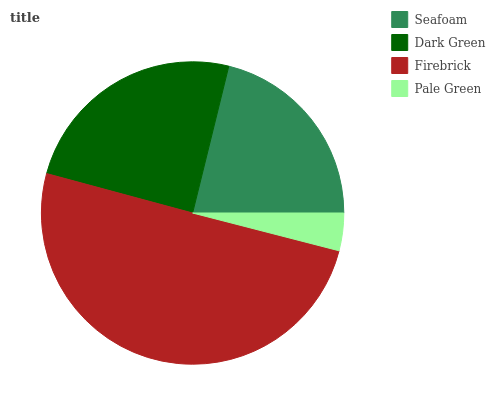
| Seafoam | Dark Green | Firebrick | Pale Green |
 | --- | --- | --- | --- |
 | 21.2% | 24.7% | 50.1% | 4.01% |